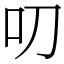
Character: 叨